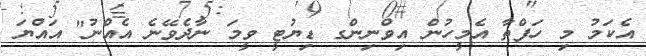
އެކަމު މި ހަފްތާ އެމީހުން އިވްނިންގ ޑިޔުޓީ ވީމަ ނާދެވޭނެ އެއްނު" އައްޔަ